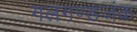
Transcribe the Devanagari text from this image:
गलगण्डजंक